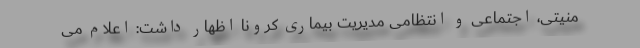
منیتی، اجتماعی و انتظامی مدیریت بیماری کرونا اظهار داشت: اعلام می